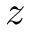
z